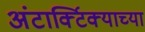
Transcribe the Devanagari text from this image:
अंटार्क्टिक्याच्या